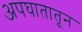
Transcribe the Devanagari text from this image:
अपघातातून